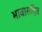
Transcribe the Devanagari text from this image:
भावासहित